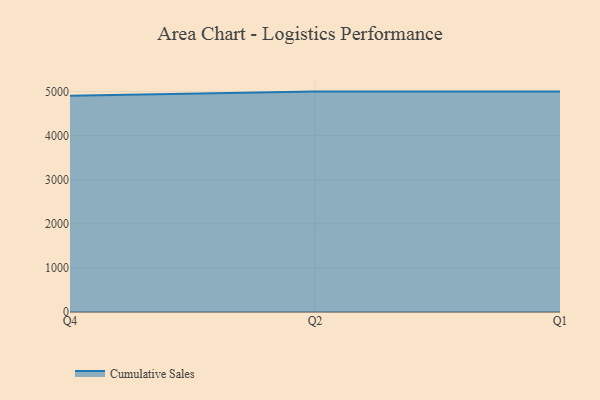
{"axis": {"x": "Quarter", "y": "Humidity (%)"}, "legend": ["Cumulative Sales"], "data": [{"x": "Q4", "y": 4906.7, "type": "Cumulative Sales"}, {"x": "Q2", "y": 5000, "type": "Cumulative Sales"}, {"x": "Q1", "y": 5000, "type": "Cumulative Sales"}]}